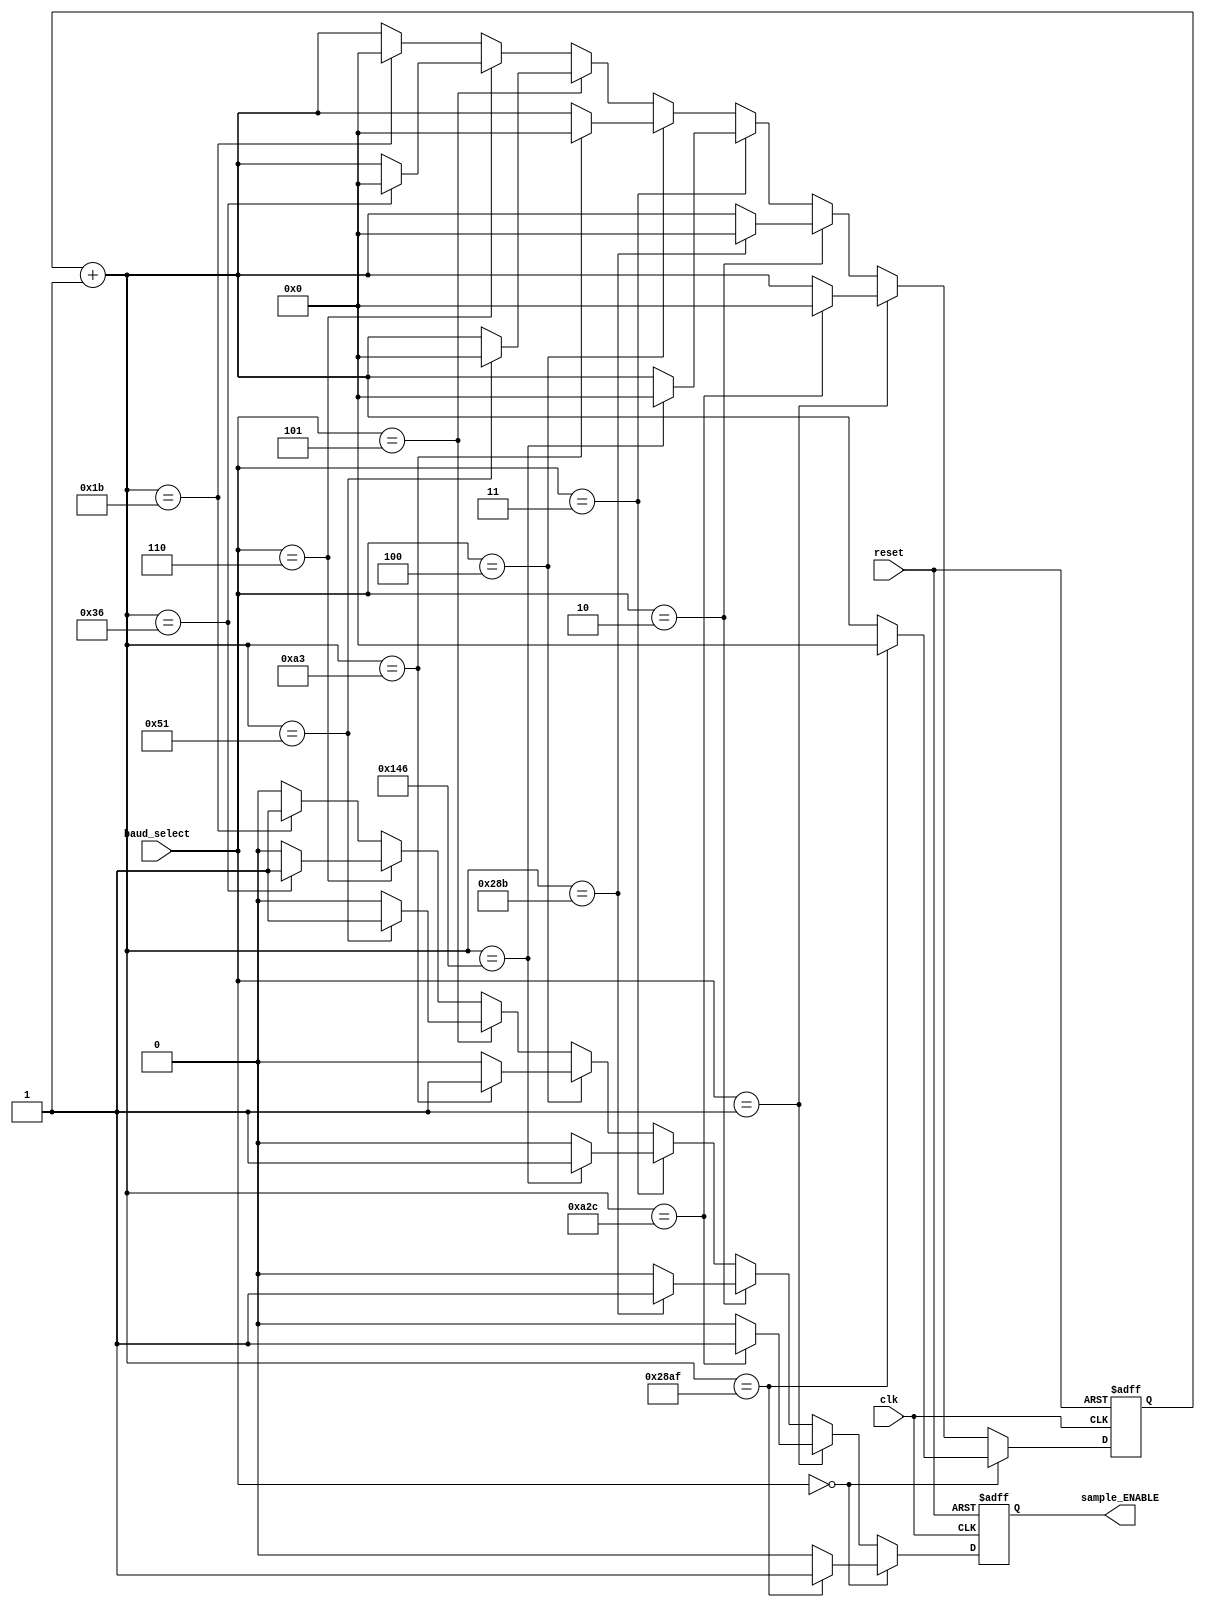
`timescale 1ns / 1ps
//////////////////////////////////////////////////////////////////////////////////
// Company: University of Thessaly
// 
// Design Name: 
// Module Name:    baud_controller 
// Project Name: 
// Target Devices: 
// Tool versions: 
// Description: 
//
// Dependencies: 
//
// Revision: 
// Revision 0.01 - File Created
// Additional Comments: 
//
//////////////////////////////////////////////////////////////////////////////////
module baud_controller(reset, clk, baud_select, sample_ENABLE);

input reset, clk;
input [2:0] baud_select;
output sample_ENABLE;

reg sample_ENABLE;
reg [13:0] counter;

always @(posedge clk or posedge reset)
begin
	if (reset)
	begin
		sample_ENABLE = 0;
		counter = 14'b0;
	end
	else
	begin
		if (baud_select == 3'b000)
		begin
			counter = counter + 1;
			if (counter == 14'b10100010101111)
			begin
				sample_ENABLE = 1;
				counter = 14'b0;
			end
			else 
			begin
				sample_ENABLE = 0;
			end
		end
		else if (baud_select == 3'b001)
		begin
			counter = counter + 1;
			if (counter == 14'b00101000101100)
			begin
				sample_ENABLE = 1;
				counter = 14'b0;
			end
			else 
			begin
				sample_ENABLE = 0;
			end
		end
		else if (baud_select == 3'b010)
		begin
			counter = counter + 1;
			if (counter == 14'b00001010001011)
			begin
				sample_ENABLE = 1;
				counter = 14'b0;
			end
			else 
			begin
				sample_ENABLE = 0;
			end
		end
		else if (baud_select == 3'b011)
		begin
			counter = counter + 1;
			if (counter == 14'b00000101000110)
			begin
				sample_ENABLE = 1;
				counter = 14'b0;
			end
			else 
			begin
				sample_ENABLE = 0;
			end
		end
		else if (baud_select == 3'b100)
		begin
			counter = counter + 1;
			if (counter == 14'b00000010100011)
			begin
				sample_ENABLE = 1;
				counter = 14'b0;
			end
			else 
			begin
				sample_ENABLE = 0;
			end
		end
		else if (baud_select == 3'b101)
		begin
			counter = counter + 1;
			if (counter == 14'b00000001010001)
			begin
				sample_ENABLE = 1;
				counter = 14'b0;
			end
			else 
			begin
				sample_ENABLE = 0;
			end
		end
		else if (baud_select == 3'b110)
		begin
			counter = counter + 1;
			if (counter == 14'b00000000110110)
			begin
				sample_ENABLE = 1;
				counter = 14'b0;
			end
			else 
			begin
				sample_ENABLE = 0;
			end
		end
		else
		begin
			counter = counter + 1;
			if (counter == 14'b00000000011011)
			begin
				sample_ENABLE = 1;
				counter = 14'b0;
			end
			else 
			begin
				sample_ENABLE = 0;
			end
		end
	end
end

endmodule